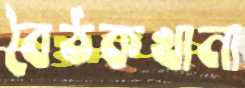
বৈঠকখানা